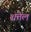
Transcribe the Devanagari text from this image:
शत्तेल